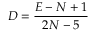
D = { \frac { E - N + 1 } { 2 N - 5 } }